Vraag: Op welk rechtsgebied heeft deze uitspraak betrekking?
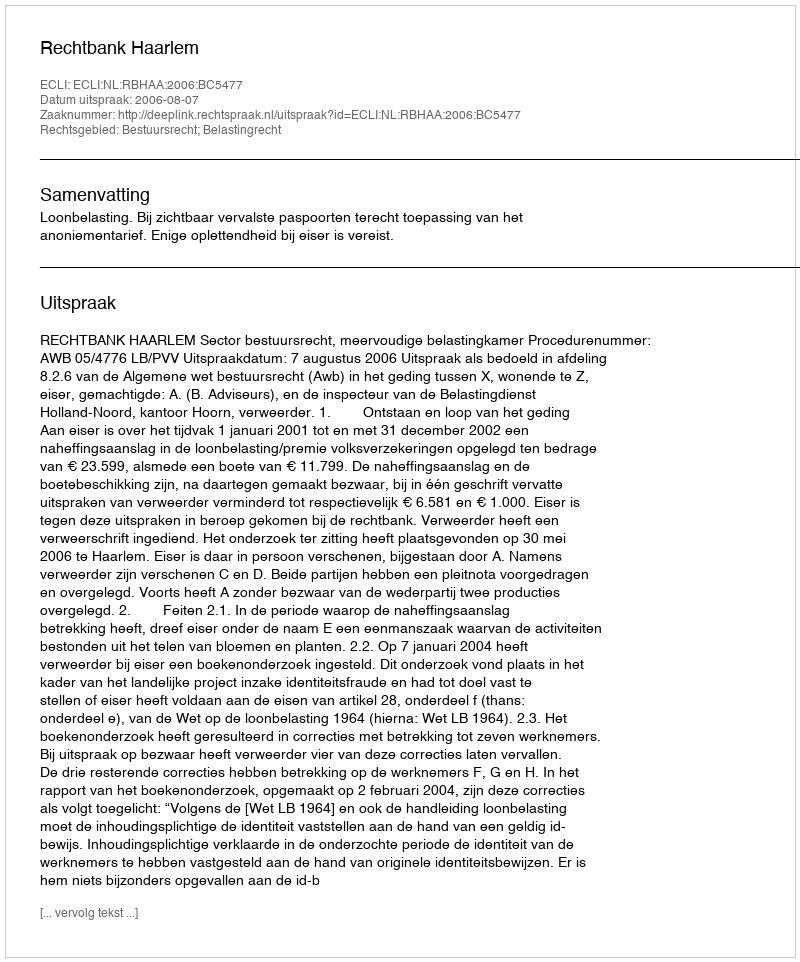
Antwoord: Bestuursrecht; Belastingrecht